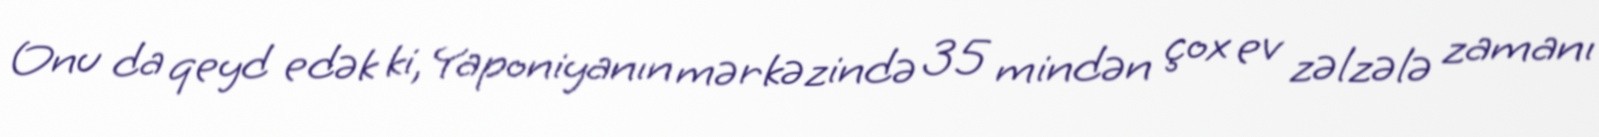
Onu da qeyd edək ki, Yaponiyanın mərkəzində 35 mindən çox ev zəlzələ zamanı